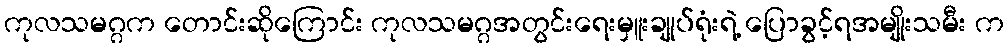
ကုလသမဂ္ဂက တောင်းဆိုကြောင်း ကုလသမဂ္ဂအတွင်းရေးမှူးချုပ်ရုံးရဲ့ ပြောခွင့်ရအမျိုးသမီး က